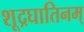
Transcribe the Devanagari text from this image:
शूद्रघातिनम्